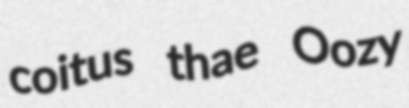
coitus thae Oozy